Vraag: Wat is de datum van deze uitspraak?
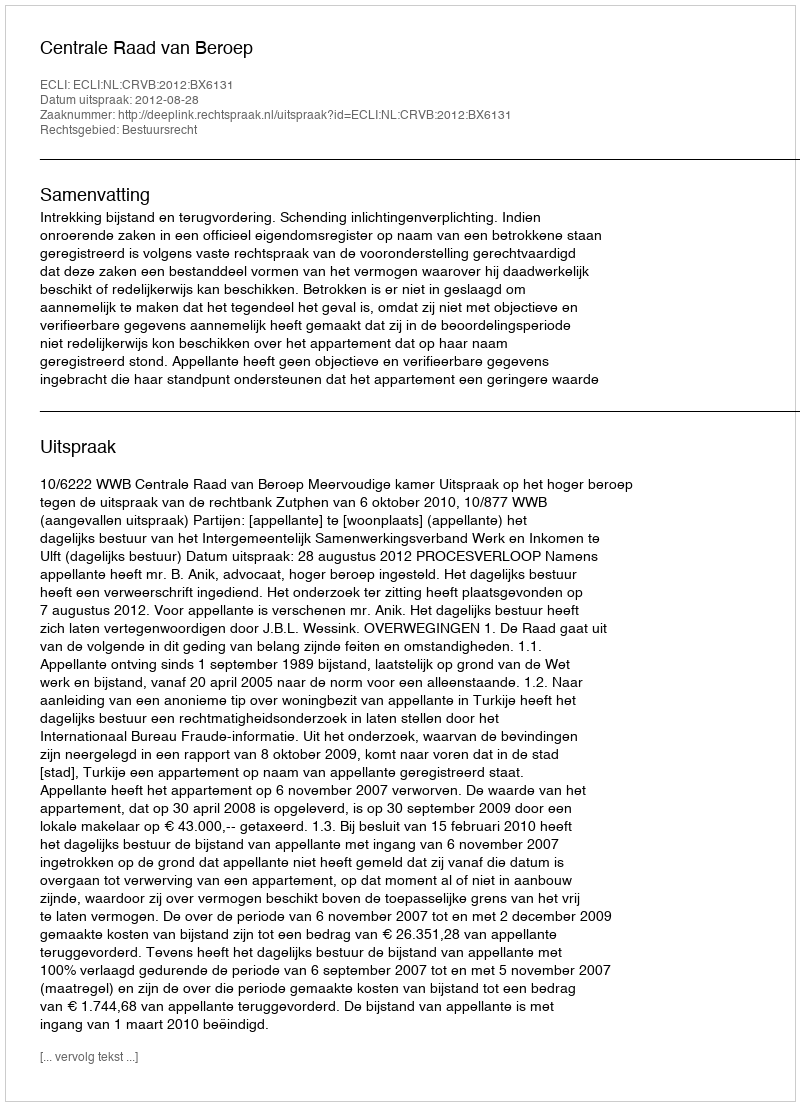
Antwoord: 2012-08-28